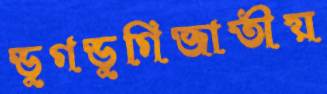
ডুগডুগিজাতীয়